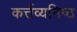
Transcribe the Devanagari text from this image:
कर्त्तव्यनिष्ठ